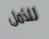
للأمل